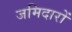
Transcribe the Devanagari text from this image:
जमिदारों